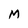
Character: M